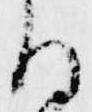
る